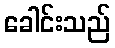
ခေါင်းသည်